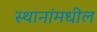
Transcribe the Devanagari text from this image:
स्थानांमधील